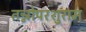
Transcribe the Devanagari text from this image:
तन्नोपरशुराम